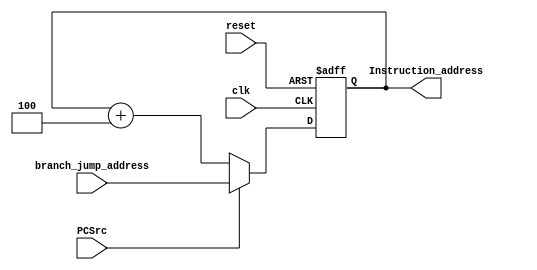
`timescale 1ns/1ps

module PC (
    input clk,
    input reset,
    input PCSrc,
    input [31:0] branch_jump_address,
    output reg [31:0] Instruction_address
);
    always @(posedge clk or posedge reset) begin
        if(reset)
            Instruction_address <= 32'd0;
        else if(PCSrc)
            Instruction_address <= branch_jump_address;
        else
            Instruction_address <= Instruction_address + 32'd4;
    end
endmodule